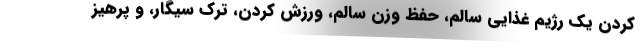
کردن یک رژیم غذایی سالم، حفظ وزن سالم، ورزش کردن، ترک سیگار، و پرهیز